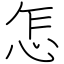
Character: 怎